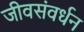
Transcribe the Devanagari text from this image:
जीवसंवर्धन